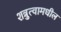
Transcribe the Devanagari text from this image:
शत्रुत्वामधील